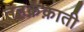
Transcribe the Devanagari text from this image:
तहक़ेक़ाती